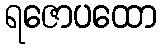
ရဇောပထော